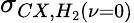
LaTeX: \sigma_{CX,H_{2}(\nu=0)}